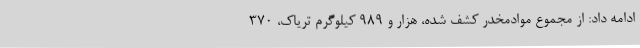
ادامه داد: از مجموع موادمخدر کشف شده، هزار و 989 کیلوگرم تریاک، 370